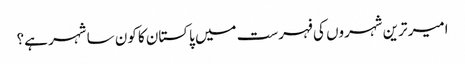
امیر ترین شہروں کی فہرست میں پاکستان کا کون سا شہر ہے؟